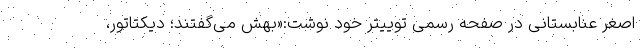
اصغر عنابستانی در صفحه رسمی توییتر خود نوشت:«بهش می‌گفتند؛ دیکتاتور،